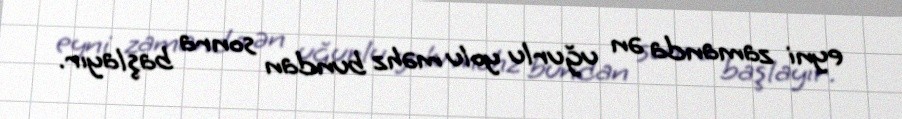
eyni zamanda ən uğurlu yolu məhz bundan sonra başlayır.